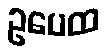
ဥပေထ